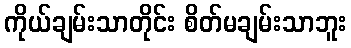
ကိုယ်ချမ်းသာတိုင်း စိတ်မချမ်းသာဘူး